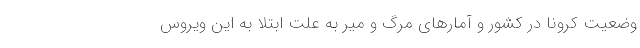
وضعیت کرونا در کشور و آمارهای مرگ و میر به علت ابتلا به این ویروس